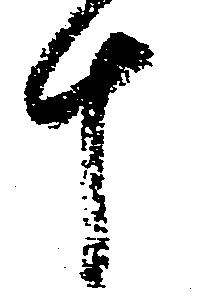
十